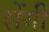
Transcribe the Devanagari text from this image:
शेंगी